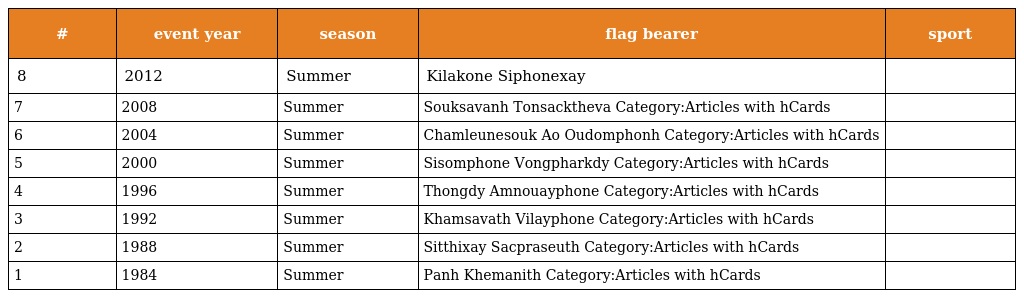
| # | event year | season | flag bearer | sport |
 | --- | --- | --- | --- | --- |
 | 8 | 2012 | Summer | Kilakone Siphonexay |  |
 | 7 | 2008 | Summer | Souksavanh Tonsacktheva Category:Articles with hCards |  |
 | 6 | 2004 | Summer | Chamleunesouk Ao Oudomphonh Category:Articles with hCards |  |
 | 5 | 2000 | Summer | Sisomphone Vongpharkdy Category:Articles with hCards |  |
 | 4 | 1996 | Summer | Thongdy Amnouayphone Category:Articles with hCards |  |
 | 3 | 1992 | Summer | Khamsavath Vilayphone Category:Articles with hCards |  |
 | 2 | 1988 | Summer | Sitthixay Sacpraseuth Category:Articles with hCards |  |
 | 1 | 1984 | Summer | Panh Khemanith Category:Articles with hCards |  |